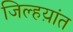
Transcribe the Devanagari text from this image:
जिल्हय़ांत